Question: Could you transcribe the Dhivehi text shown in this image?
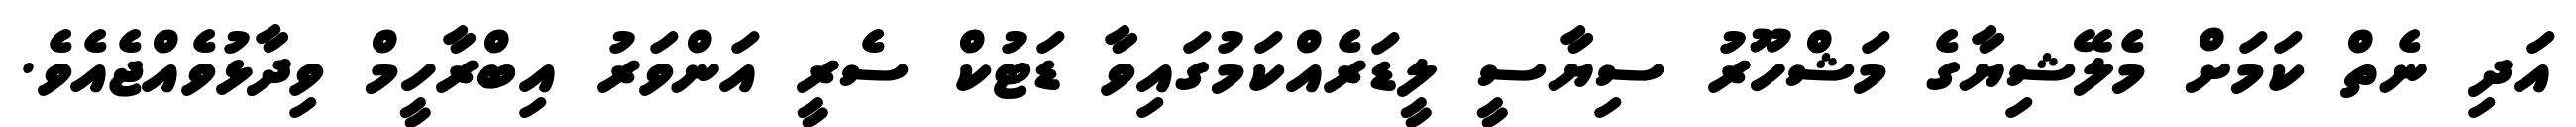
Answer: އަދި ނެތް ކަމަށް މެލޭޝިޔާގެ މަޝްހޫރު ސިޔާސީ ލީޑަރެއްކަމުގައިވާ ޑަޓުކް ސެރީ އަންވަރު އިބްރާހީމް ވިދާޅުވެއްޖެއެވެ.